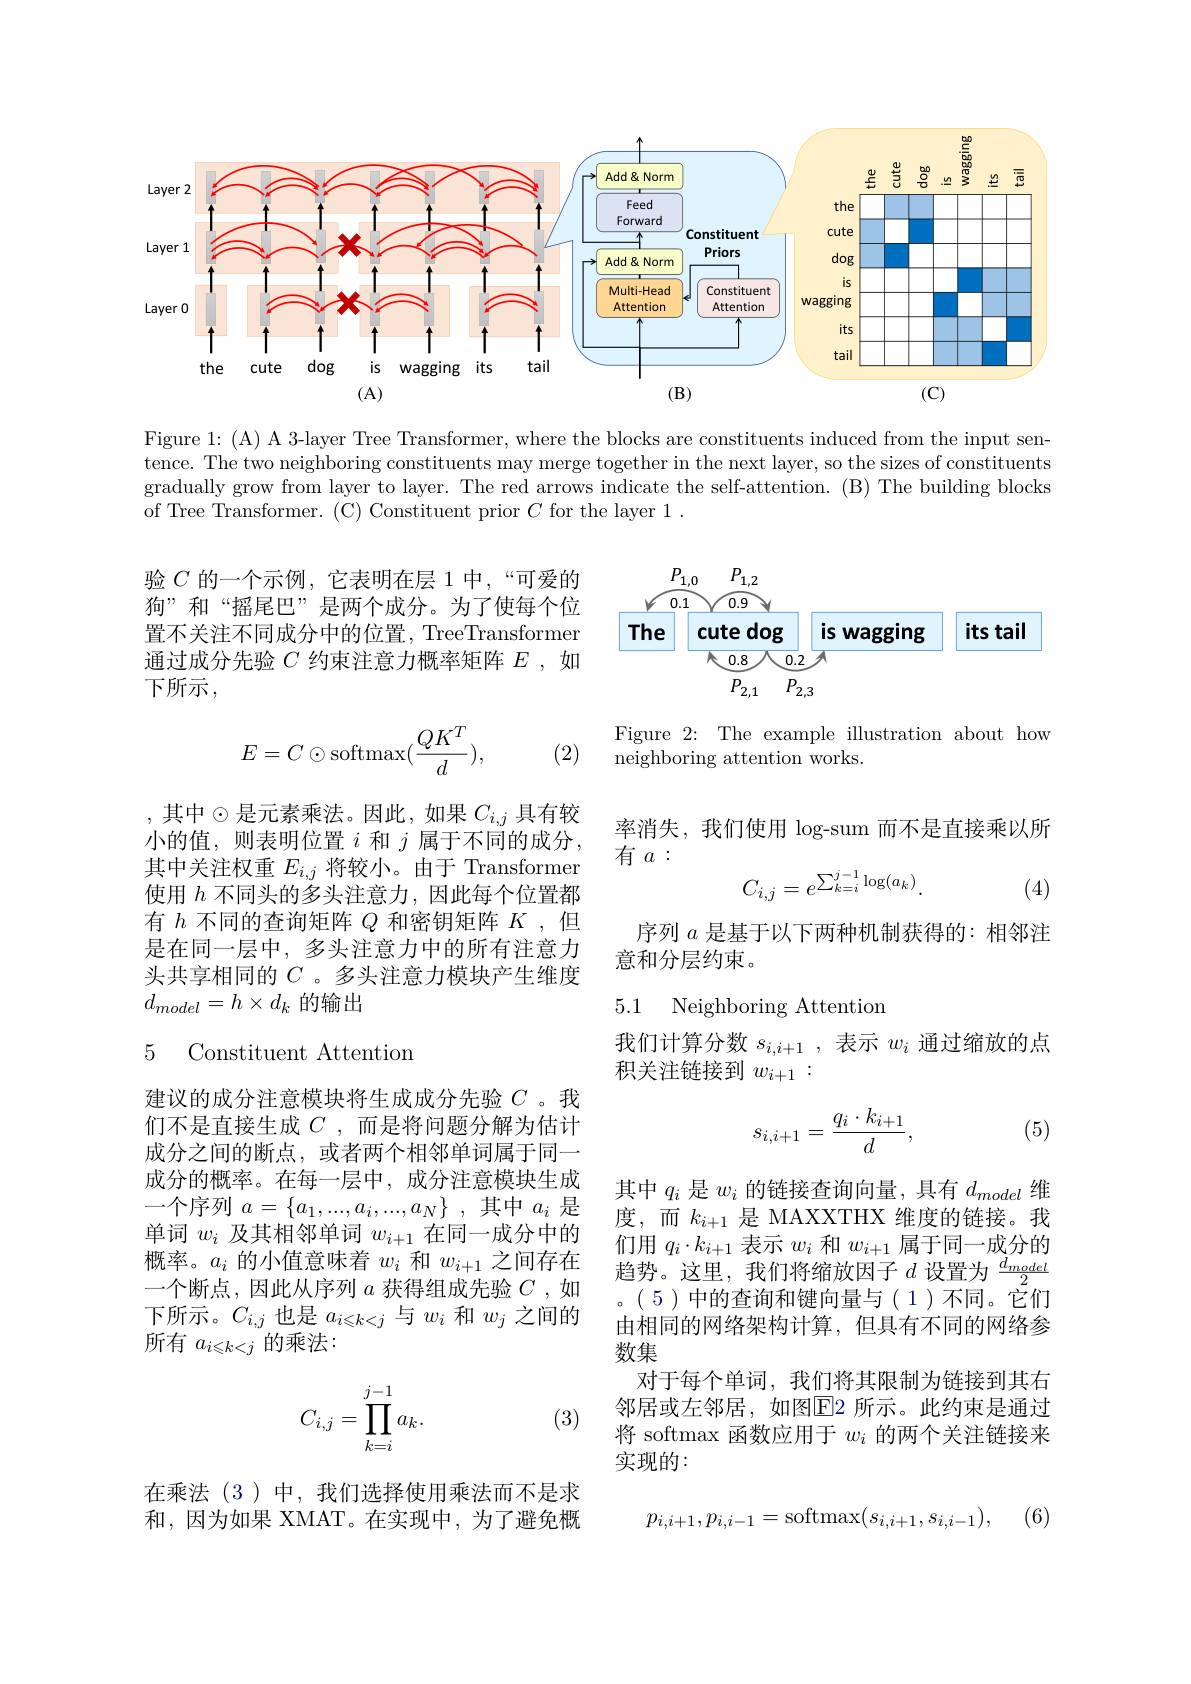
<FigureHere>

Figure 1: (A) A 3-layer Tree Transformer, where the blocks are constituents induced from the input sentence. The two neighboring constituents may merge together in the next layer, so the sizes of constituents gradually grow from layer to layer. The red arrows indicate the self-attention. (B) The building blocks of Tree Transformer. (C) Constituent prior $C$ for the layer 1.

验$C$的一个示例，它表明在层 1 中，“可爱的狗”和“摇尾巴”是两个成分。为了使每个位置不关注不同成分中的位置，TreeTransformer 通过成分先验$C$约束注意力概率矩阵$E$,如下所示，

Figure 2: The example illustration about how
$\bar{\text{neighboring attention works.}}$
$$E=C\odot\mathrm{softmax}(\frac{QK^T}{d}),$$
(2)

率消失，我们使用 log-sum 而不是直接乘以所
有$a:$
$$C_{i,j}=e^{\sum_{k=i}^{j-1}\log(a_k)}.$$
(4)

,其中$\odot$是元素乘法。因此，如果$C_i,j$ 具有较小的值，则表明位置$i$和$j$属于不同的成分， 其中关注权重$E_i,j$将较小。由于 Transformer 使用$h$不同头的多头注意力，因此每个位置都有$h$不同的查询矩阵$Q$和密钥矩阵$K$,但是在同一层中，多头注意力中的所有注意力头共享相同的$C$ 。多头注意力模块产生维度$d_{model}=h\times d_k$的输出

序列$a$是基于以下两种机制获得的：相邻注
意和分层约束。

### 5.1 Neighboring Attentiom

5 Constituent Attention

我们计算分数$s_{i,i+1}$,表示$w_i$通过缩放的点
积关注链接到$w_{i+1}:$
$$s_{i,i+1}=\frac{q_i\cdot k_{i+1}}{d},$$
(5)

建议的成分注意模块将生成成分先验$C$ 。我们不是直接生成$C$ ,而是将问题分解为估计成分之间的断点，或者两个相邻单词属于同一成分的概率。在每一层中，成分注意模块生成一个序列$a=\{a_1,...,a_i,...,a_N\}$,其中$a_i$ 是单词$w_i$及其相邻单词$w_i+1$在同一成分中的概率。$a_i$的小值意味着$w_i$和$w_i+1$之间存在一个断点，因此从序列$a$获得组成先验$C$ ,如下所示。$C_i,j$也是$a_{i\leqslant k<j}$与$w_i$和$w_j$之间的所有$a_{i\leqslant k<j}$的乘法：

其中$q_i$是$w_i$的链接查询向量，具有$d_model$维度，而$k_{i+1}$是 MAXXTHX 维度的链接。我们用$q_i\cdot k_{i+1}$表示$w_i$和$w_i+1$属于同一成分的趋势。这里，我们将缩放因子$d$设置为$\frac d{model}2$ 。(5)中的查询和键向量与(1)不同。它们由相同的网络架构计算，但具有不同的网络参数集
对于每个单词，我们将其限制为链接到其右邻居或左邻居，如图$\overline{\mathrm{E}}$ 所示。此约束是通过将 softmax 函数应用于$w_i$的两个关注链接来实现的：
$$C_{i,j}=\prod\limits_{k=i}^{j-1}a_k.$$
(3)

在乘法(3)中，我们选择使用乘法而不是求和，因为如果 XMAT。在实现中，为了避免概

(6)
$$p_{i,i+1},p_{i,i-1}=\mathrm{softmax}(s_{i,i+1},s_{i,i-1}),$$